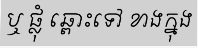
ឬ ផ្លុំ ឆ្ពោះទៅ ខាងក្នុង